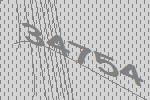
34754